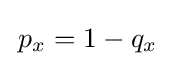
\,p_{x}=1-q_{x}